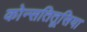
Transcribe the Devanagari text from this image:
कोन्सतितूसिया